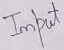
Text: Input